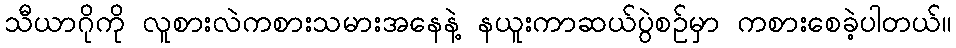
သီယာဂိုကို လူစားလဲကစားသမားအနေနဲ့ နယူးကာဆယ်ပွဲစဥ်မှာ ကစားစေခဲ့ပါတယ်။